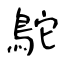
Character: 鴕